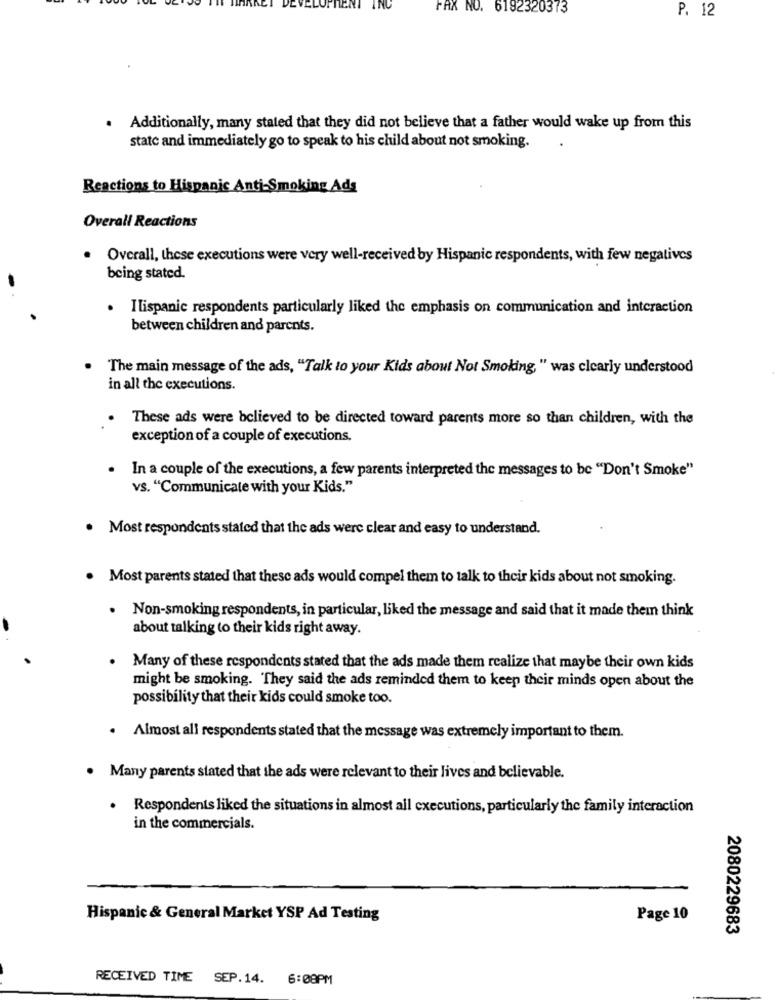
FAX NO. 6192320373
P. 12
.
Additionally, many stated that they did not believe that a father would wake up from this
state and immediately go to speak to his child about not smoking.
Reactions to Hispanic Anti-Smoking Ads
Overall Reactions
Overall, these executions were very well-received by Hispanic respondents, with few negatives
being stated.
Ilispanic respondents particularly liked the emphasis on communication and interaction
between children and parents.
The main message of the ads, "Talk to your Kids about Not Smoking, " was clearly understood
in all the executions.
These ads were believed to be directed toward parents more so than children, with the
exception of a couple of executions.
In a couple of the executions, a few parents interpreted the messages to be "Don't Smoke"
vs. "Communicate with your Kids."
. Most respondents stated that the ads were clear and easy to understand.
Most parents stated that these ads would compel them to talk to their kids about not smoking.
. Non-smoking respondents, in particular, liked the message and said that it made them think
about talking to their kids right away.
. Many of these respondents stated that the ads made them realize that maybe their own kids
might be smoking. They said the ads reminded them to keep their minds open about the
possibility that their kids could smoke too.
Almost all respondents stated that the message was extremely important to them.
Many parents stated that the ads were relevant to their lives and believable.
. Respondents liked the situations in almost all executions, particularly the family interaction
in the commercials.
Hispanic & General Market YSP Ad Testing
Page 10
2080229683
RECEIVED TIME SEP.14. 6:08PM